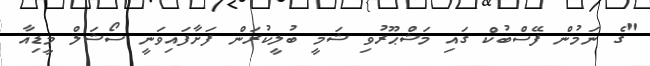
"ގެ ނަމުން ފޭސްބުކް ގައި މަޝްޙޫރުވި ޝަމީ ބުލީކުރަން ފަށާފައިވަނީ ސޯޝަލް މީޑިއާ